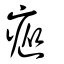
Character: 瘲